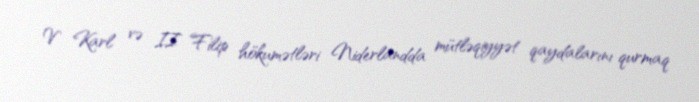
V Karl və II Filip hökumətləri Niderlandda mütləqiyyət qaydalarını qurmaq